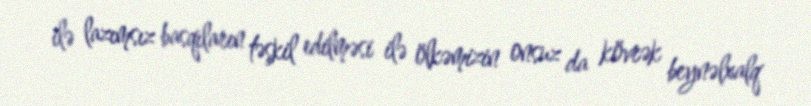
ilə lazımsız basqıların təşkil edilməsi ilə ölkəmizin onsuz da kövrək beynəlxalq